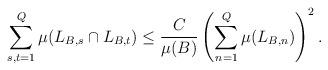
LaTeX: \begin{align*}\sum_{s,t=1}^{Q}\mu(L_{B,s}\cap L_{B,t})\leq \frac{C}{\mu(B)}\left(\sum_{n=1}^{Q}\mu(L_{B,n})\right)^2.\end{align*}